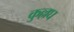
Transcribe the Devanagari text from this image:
कुल्लघ